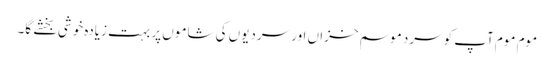
موم موم آپ کو سرد موسم خزاں اور سردیوں کی شاموں پر بہت زیادہ خوشی بخشے گا۔